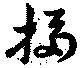
掃